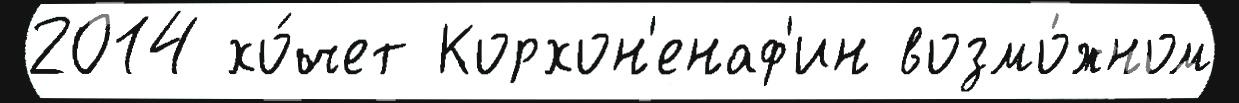
2014 хо́чет Корхон'енаф'ин возмо́жном